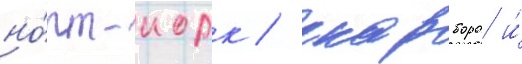
но́рт-иорк / скарборо и́